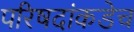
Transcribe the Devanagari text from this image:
परिषदांकडेच